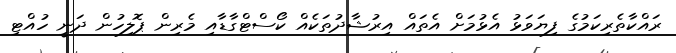
ރައްކާތެރިކަމުގެ ފިޔަވަޅު އެޅުމަށް އެތައް އިރުޝާދުތަކެއް ކޯސްޓްގާޑާއި މެރިން ޕޮލިހުން ދަނީ ހުއްޓި